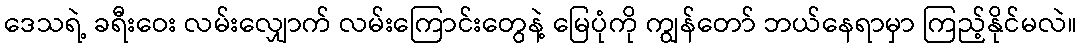
ဒေသရဲ့ ခရီးဝေး လမ်းလျှောက် လမ်းကြောင်းတွေနဲ့ မြေပုံကို ကျွန်တော် ဘယ်နေရာမှာ ကြည့်နိုင်မလဲ။